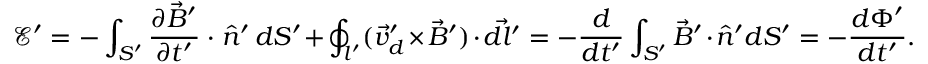
\mathcal E ^ { \prime } = - \int _ { S ^ { \prime } } \frac { \partial \vec { B } ^ { \prime } } { \partial t ^ { \prime } } \, \cdot \, \hat { n } ^ { \prime } \, d S ^ { \prime } + \oint _ { l ^ { \prime } } ( \vec { v } _ { d } ^ { \prime } \times \vec { B } ^ { \prime } ) \cdot \vec { d l ^ { \prime } } = - \frac { d } { d t ^ { \prime } } \int _ { S ^ { \prime } } \vec { B } ^ { \prime } \cdot \hat { n } ^ { \prime } d S ^ { \prime } = - \frac { d \Phi ^ { \prime } } { d t ^ { \prime } } .